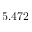
5 . 4 7 2